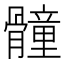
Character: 𩪘